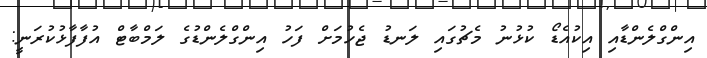
އިންގްލެންޑާއި އިކުއެޑޯ ކުޅުނު މެޗުގައި ލަނޑު ޖެހުމަށް ފަހު އިންގްލެންޑުގެ ލަމްބާޓް އުފާފާޅުކުރަނީ: